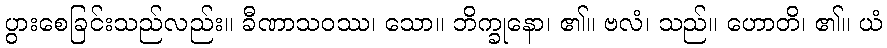
ပွားစေခြင်းသည်လည်း။ ခီဏာသဝဿ၊ သော။ ဘိက္ခုနော၊ ၏။ ဗလံ၊ သည်။ ဟောတိ၊ ၏။ ယံ